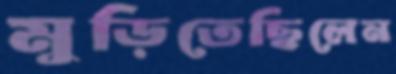
মুড়িতেছিলেন